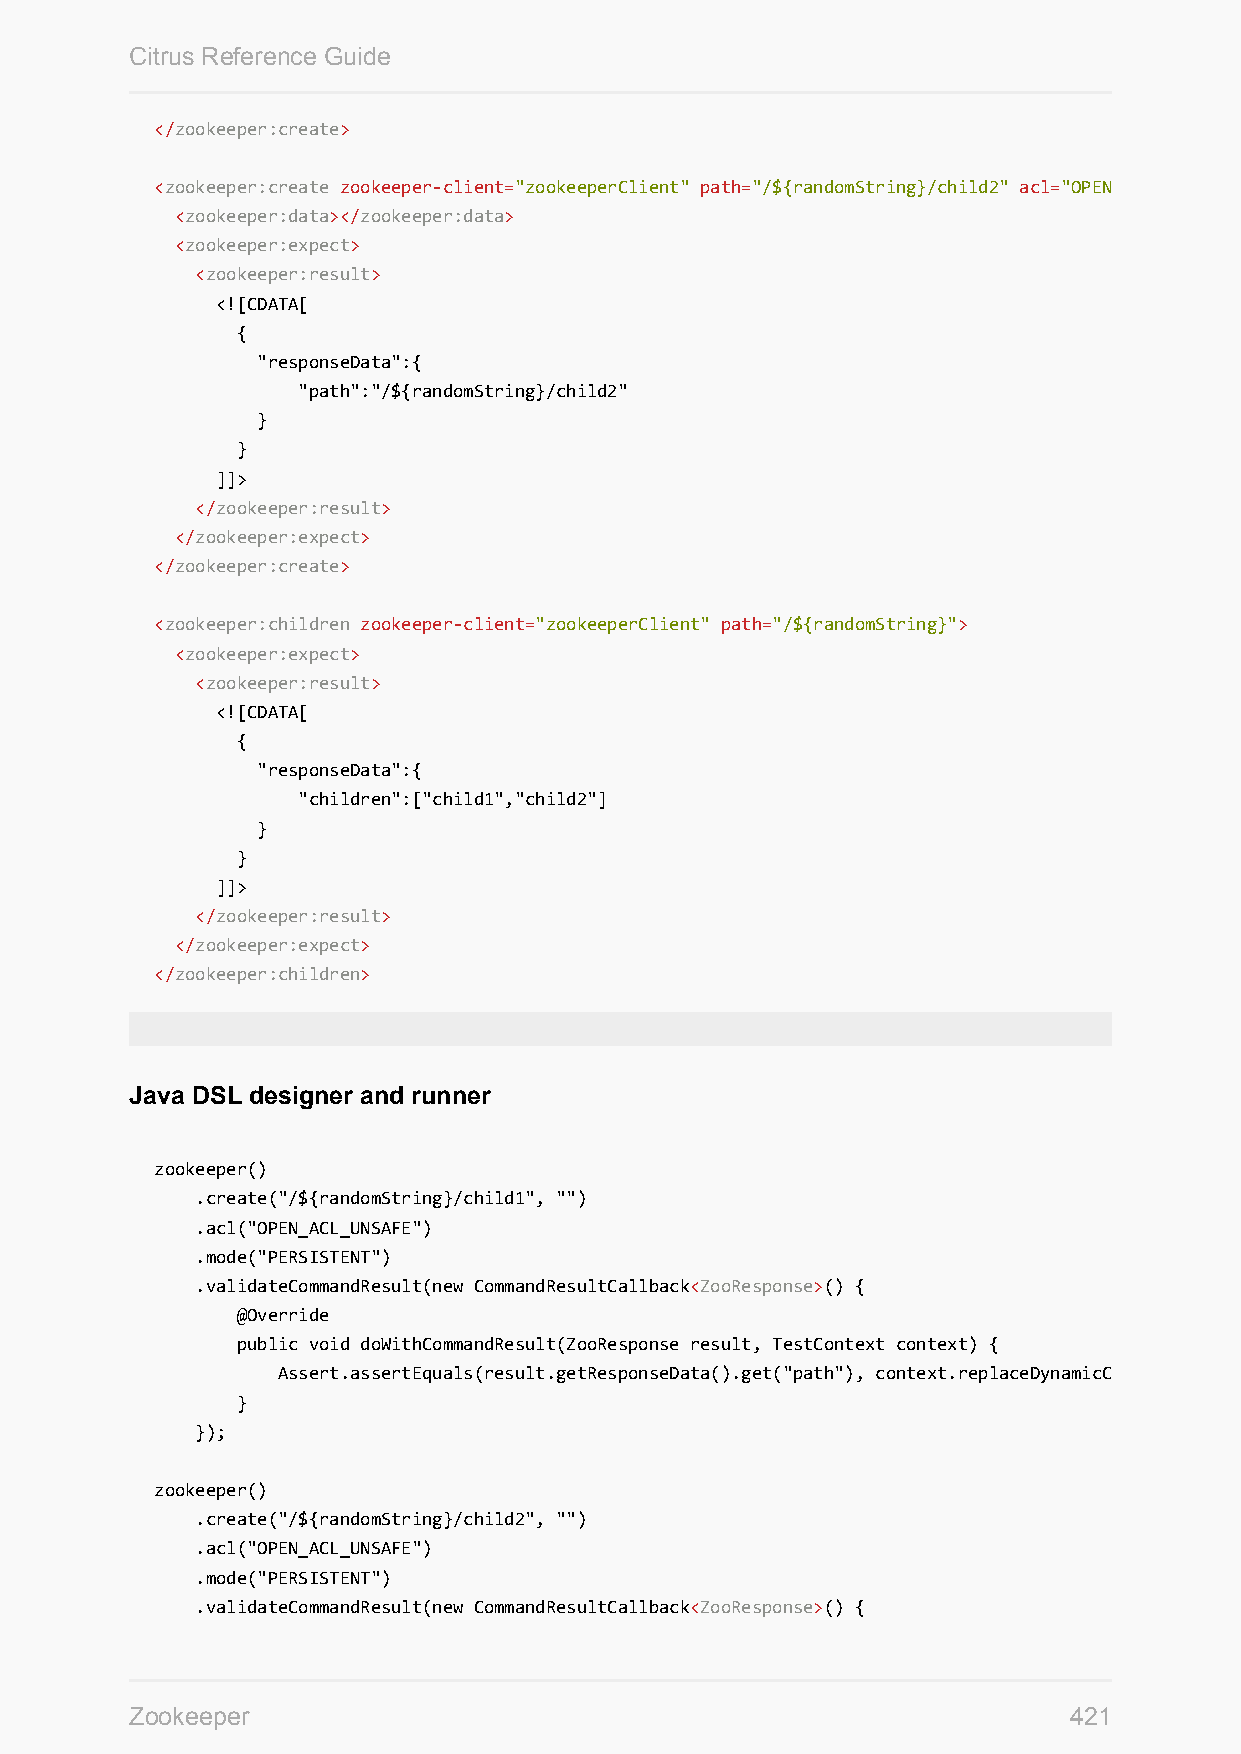
Citrus Reference Guide
 </zookeeper:create>
 <zookeeper:create zookeeper-client="zookeeperClient" path="/${randomString}/child2" acl="OPEN_ACL_UNSAFE"
 <zookeeper:data></zookeeper:data>
 <zookeeper:expect>
 <zookeeper:result>
 <![CDATA[
 {
 "responseData":{
 "path":"/${randomString}/child2"
 }
 }
 ]]>
 </zookeeper:result>
 </zookeeper:expect>
 </zookeeper:create>
 <zookeeper:children zookeeper-client="zookeeperClient" path="/${randomString}">
 <zookeeper:expect>
 <zookeeper:result>
 <![CDATA[
 {
 "responseData":{
 "children":["child1","child2"]
 }
 }
 ]]>
 </zookeeper:result>
 </zookeeper:expect>
 </zookeeper:children>
 Java DSL designer and runner
 zookeeper()
 .create("/${randomString}/child1", "")
 .acl("OPEN_ACL_UNSAFE")
 .mode("PERSISTENT")
 .validateCommandResult(new CommandResultCallback<ZooResponse>() {
 @Override
 public void doWithCommandResult(ZooResponse result, TestContext context) {
 Assert.assertEquals(result.getResponseData().get("path"), context.replaceDynamicContentInString("/${randomString}/child1"));
 }
 });
 zookeeper()
 .create("/${randomString}/child2", "")
 .acl("OPEN_ACL_UNSAFE")
 .mode("PERSISTENT")
 .validateCommandResult(new CommandResultCallback<ZooResponse>() {
 Zookeeper                                                     421